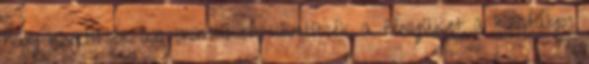
hogy kivetítsék az örömüket, kivetítsék a fényüket a Kristályos